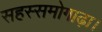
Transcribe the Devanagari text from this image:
सहस्समोगाढ़ा।